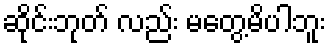
ဆိုင်းဘုတ် လည်း မတွေ့မိပါဘူး